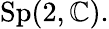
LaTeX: \mathrm{Sp}(2,\mathbb{C}).